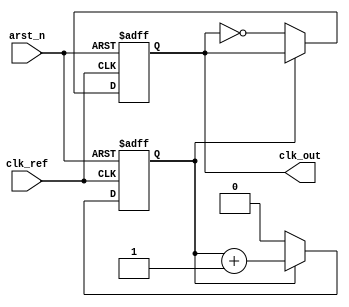
/**
 * Assorted clock dividers
 */

// even clock divider
module clk_div_e #(parameter DIV = 2)
    (
        input  wire arst_n,
        input  wire clk_ref,
        output reg  clk_out
    );
    localparam CNT_VAL  = DIV>>1;
    localparam CNT_SIZE = $clog2(CNT_VAL) + 1;

    reg [CNT_SIZE-1:0] cnt;

    initial begin
        // start counter at 0 to not have an
        // early edge flip
        cnt = 0;
        clk_out = 0;
    end

    always @(posedge clk_ref or negedge arst_n) begin
        if (!arst_n) begin
            cnt <= 0;
            clk_out <= 0;
        end else begin
            if (cnt == CNT_VAL - 1) begin
                cnt <= 0;
                clk_out <= ~clk_out;
            end else begin
                cnt <= cnt + 1;
            end
        end
    end

endmodule

// Concept from "Clock Dividers Made Easy" - Mohit Arora, ST Micro
// https://www.mikrocontroller.net/attachment/177198/Clock_Dividers_Made_Easy.pdf
// odd clock divider
module clk_div_o #(parameter DIV = 3)
    (
        input  wire arst_n,
        input  wire clk_ref,
        output wire clk_out
    );
    localparam CNT_VAL  = DIV - 1;
    localparam CNT_SIZE = $clog2(CNT_VAL) + 1;

    reg [CNT_SIZE-1:0] cnt;

    reg [1:0] tff;      // two T-FF's for two phases of a twice as slow clock
    wire [1:0] tff_en;

    assign tff_en[0] = (cnt == 0);                 // 0  degrees
    assign tff_en[1] = (cnt == ((DIV + 1) >> 1));  // 90 degrees
    assign clk_out = tff[0] ^ tff[1];

    initial begin
        cnt = 0;
        tff <= 0;
    end

    always @(posedge clk_ref or negedge arst_n) begin
        if (!arst_n) begin
            cnt <= 0;
            tff[0] <= 0;
        end else begin
            cnt <= (cnt != CNT_VAL) ? cnt + 1 : 0;
            tff[0] <= tff[0] ^ tff_en[0];
        end
    end

    always @(negedge clk_ref) begin
        if (!arst_n) begin
            tff[1] <= 0;
        end else begin
            tff[1] <= tff[1] ^ tff_en[1];
        end
    end

endmodule